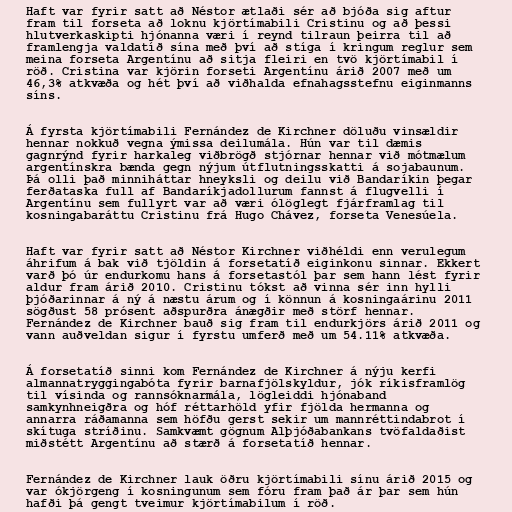
Haft var fyrir satt að Néstor ætlaði sér að bjóða sig aftur
fram til forseta að loknu kjörtímabili Cristinu og að þessi
hlutverkaskipti hjónanna væri í reynd tilraun þeirra til að
framlengja valdatíð sína með því að stíga í kringum reglur sem
meina forseta Argentínu að sitja fleiri en tvö kjörtímabil í
röð. Cristina var kjörin forseti Argentínu árið 2007 með um
46,3% atkvæða og hét því að viðhalda efnahagsstefnu eiginmanns
síns.

Á fyrsta kjörtímabili Fernández de Kirchner döluðu vinsældir
hennar nokkuð vegna ýmissa deilumála. Hún var til dæmis
gagnrýnd fyrir harkaleg viðbrögð stjórnar hennar við mótmælum
argentínskra bænda gegn nýjum útflutningsskatti á sojabaunum.
Þá olli það minniháttar hneyksli og deilu við Bandaríkin þegar
ferðataska full af Bandaríkjadollurum fannst á flugvelli í
Argentínu sem fullyrt var að væri ólöglegt fjárframlag til
kosningabaráttu Cristinu frá Hugo Chávez, forseta Venesúela.

Haft var fyrir satt að Néstor Kirchner viðhéldi enn verulegum
áhrifum á bak við tjöldin á forsetatíð eiginkonu sinnar. Ekkert
varð þó úr endurkomu hans á forsetastól þar sem hann lést fyrir
aldur fram árið 2010. Cristinu tókst að vinna sér inn hylli
þjóðarinnar á ný á næstu árum og í könnun á kosningaárinu 2011
sögðust 58 prósent aðspurðra ánægðir með störf hennar.
Fernández de Kirchner bauð sig fram til endurkjörs árið 2011 og
vann auðveldan sigur í fyrstu umferð með um 54.11% atkvæða.

Á forsetatíð sinni kom Fernández de Kirchner á nýju kerfi
almannatryggingabóta fyrir barnafjölskyldur, jók ríkisframlög
til vísinda og rannsóknarmála, lögleiddi hjónaband
samkynhneigðra og hóf réttarhöld yfir fjölda hermanna og
annarra ráðamanna sem höfðu gerst sekir um mannréttindabrot í
skítuga stríðinu. Samkvæmt gögnum Alþjóðabankans tvöfaldaðist
miðstétt Argentínu að stærð á forsetatíð hennar.

Fernández de Kirchner lauk öðru kjörtímabili sínu árið 2015 og
var ókjörgeng í kosningunum sem fóru fram það ár þar sem hún
hafði þá gengt tveimur kjörtímabilum í röð.